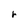
Character: r